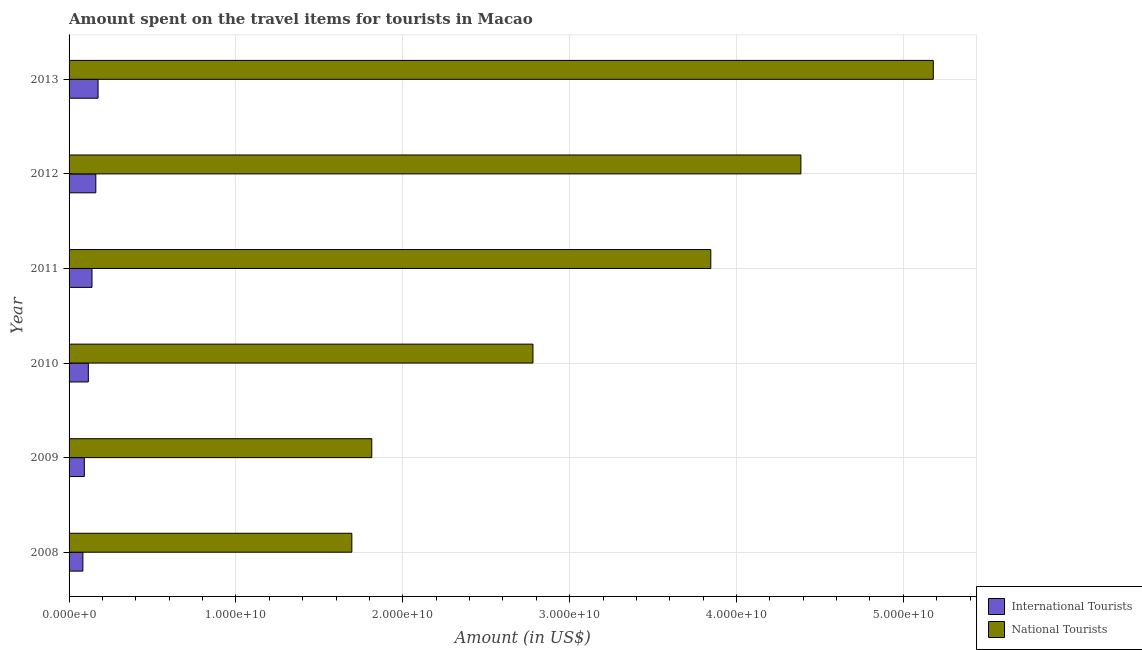
| Year | International Tourists | National Tourists |
 | --- | --- | --- |
 | 2008 | 8.28e+08 | 1.69e+10 |
 | 2009 | 9.15e+08 | 1.81e+10 |
 | 2010 | 1.15e+09 | 2.78e+10 |
 | 2011 | 1.37e+09 | 3.85e+10 |
 | 2012 | 1.6e+09 | 4.39e+10 |
 | 2013 | 1.74e+09 | 5.18e+10 |